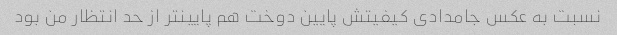
نسبت به عکس جامدادی کیفیتش پایین دوخت هم پایینتر از حد انتظار من بود